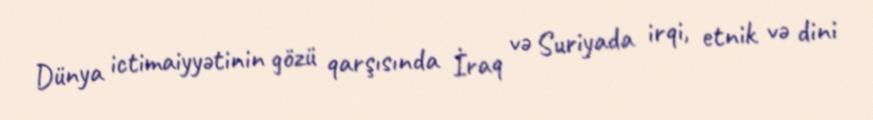
Dünya ictimaiyyətinin gözü qarşısında İraq və Suriyada irqi, etnik və dini